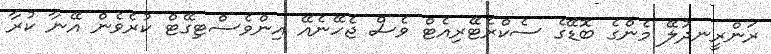
ރަންރީނދުލޭ މެންގެ ބޮޑޭގެ ސެކްރެޓޭރިއެޓް ވެސް ޖެހޭނެއޭ އިންވެސްޓިގޭޓް ކުރެވެން އޭނާ ކުރާ